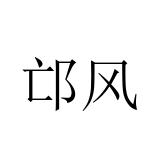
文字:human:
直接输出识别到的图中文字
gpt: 邙风